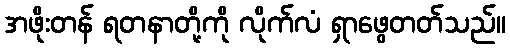
အဖိုးတန် ရတနာတို့ကို လိုက်လံ ရှာဖွေတတ်သည်။